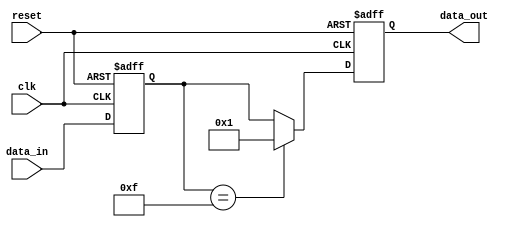
module negative_edge_sensitive (
    input wire clk,          // Clock signal 
    input wire reset,        // Asynchronous reset signal
    input wire [3:0] data_in, // 4-bit input data
    output reg [3:0] data_out // 4-bit output data
);

    // State variable to hold the current state
    reg [3:0] current_state;

    // Asynchronous reset and negative edge sensitivity
    always @(negedge clk or posedge reset) begin
        if (reset) begin
            // Initialize state and output on reset
            current_state <= 4'b0000;
            data_out <= 4'b0000;
        end else begin
            // Update state based on input data
            current_state <= data_in;

            // Conditional logic to generate output
            if (current_state == 4'b1111) begin
                data_out <= 4'b0001; // Example output condition
            end else begin
                data_out <= current_state; // Pass current state to output
            end
        end
    end
endmodule